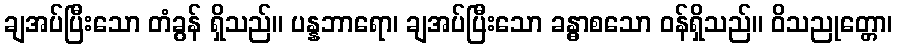
ချအပ်ပြီးသော တံခွန် ရှိသည်။ ပန္နဘာရော၊ ချအပ်ပြီးသော ခန္ဓာစသော ဝန်ရှိသည်။ ဝိသညုတ္တော၊